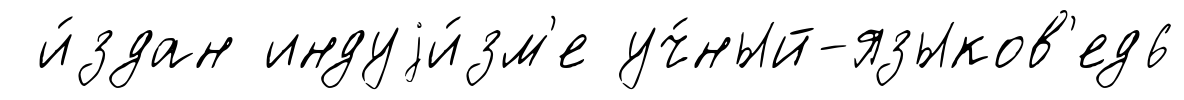
и́здан индуjи́зм'е уч́ный-языков'ед6